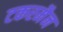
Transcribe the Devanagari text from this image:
टकरमैन